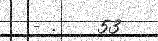
- .    53